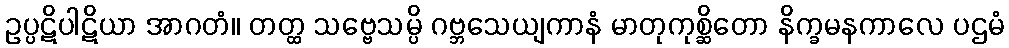
ဥပ္ပဋိပါဋိယာ အာဂတံ။ တတ္ထ သဗ္ဗေသမ္ပိ ဂဗ္ဘသေယျကာနံ မာတုကုစ္ဆိတော နိက္ခမနကာလေ ပဌမံ